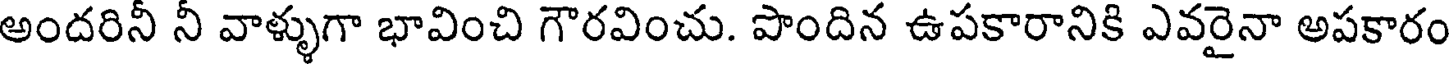
అందరినీ నీ వాళ్ళుగా భావించి గౌరవించు. పొందిన ఉపకారానికి ఎవరైనా అపకారం